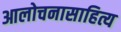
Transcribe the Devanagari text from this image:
आलोचनासाहित्य